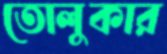
তোলুকার